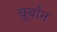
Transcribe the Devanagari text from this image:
बूर्बान